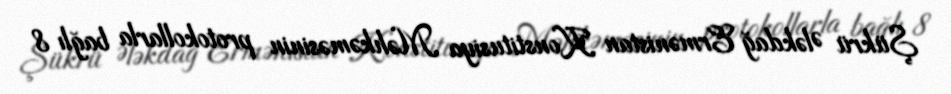
Şükrü Ələkdağ Ermənistan Konstitusiya Məhkəməsinin protokollarla bağlı 8